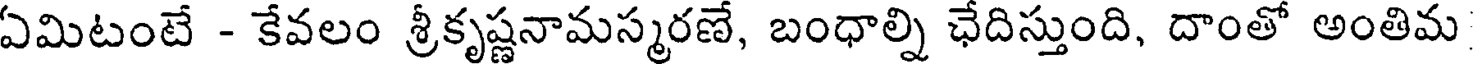
ఏమిటంటే - కేవలం శ్రీకృష్ణనామస్మరణే, బంధాల్ని ఛేదిస్తుంది, దాంతో అంతిమ